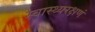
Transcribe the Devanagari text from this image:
स्वास्थ्यरक्षणं